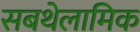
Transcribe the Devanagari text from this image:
सबथेलामिक